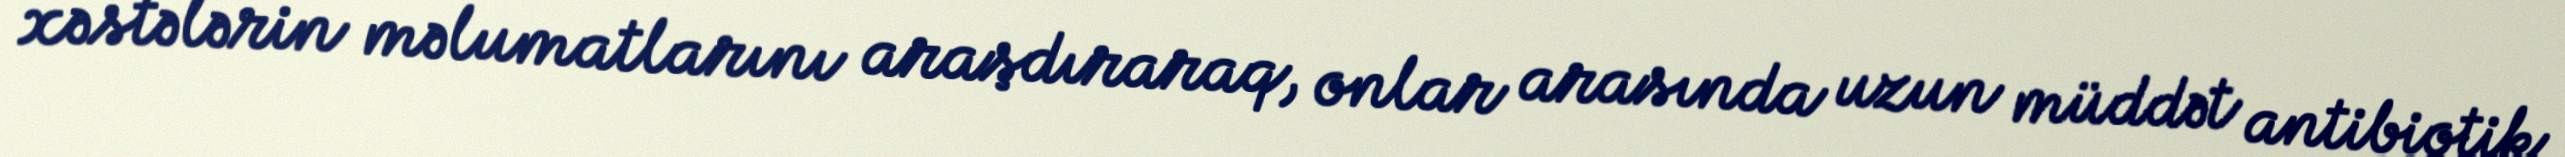
xəstələrin məlumatlarını araşdıraraq, onlar arasında uzun müddət antibiotik